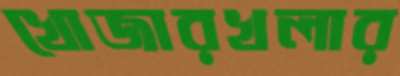
খোজারখলার